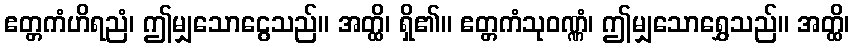
ဧတ္တကံဟိရညံ၊ ဤမျှသောငွေသည်။ အတ္ထိ၊ ရှိ၏။ ဧတ္တကံသုဝဏ္ဏံ၊ ဤမျှသောရွှေသည်။ အတ္ထိ၊